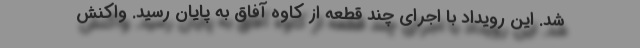
شد. این رویداد با اجرای چند قطعه از کاوه آفاق به پایان رسید. واکنش